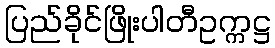
ပြည်ခိုင်ဖြိုးပါတီဥက္ကဋ္ဌ